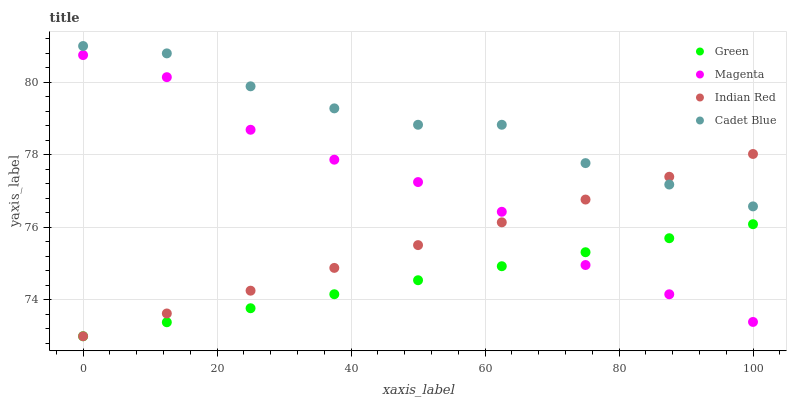
| xaxis_label | Green | Magenta | Indian Red | Cadet Blue |
 | --- | --- | --- | --- | --- |
 | 0 | 73 | 80.7 | 73 | 81 |
 | 12.5 | 73.4 | 80.1 | 73.6 | 80.8 |
 | 25 | 73.8 | 78.7 | 74.3 | 79.9 |
 | 37.5 | 74.2 | 77.9 | 74.9 | 79.3 |
 | 50 | 74.5 | 77.2 | 75.5 | 78.8 |
 | 62.5 | 74.9 | 76.4 | 76.1 | 78.8 |
 | 75 | 75.3 | 75 | 76.8 | 77.8 |
 | 87.5 | 75.7 | 74.2 | 77.4 | 77.2 |
 | 100 | 76.1 | 73.4 | 78 | 76.6 |